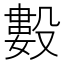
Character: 𰚆